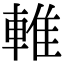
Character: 𨌴